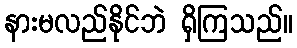
နားမလည်နိုင်ဘဲ ရှိကြသည်။